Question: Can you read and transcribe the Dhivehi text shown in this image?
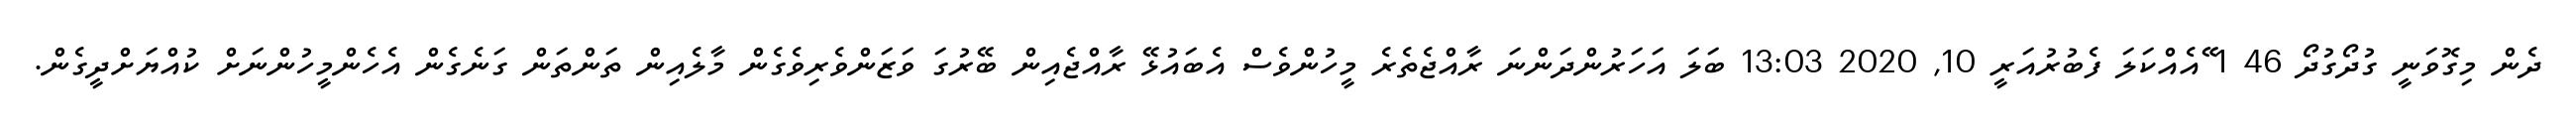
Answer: ދެން މިގޮވަނީ ގުދޯގުދޯ 46 1 ޭއެއްކަލަ ފެބުރުއަރީ 10, 2020 13:03 ބަލަ އަހަރުންދަންނަ ރާއްޖެތެރެ މީހުންވެސް އެބައުޅޭ ރާއްޖެއިން ބޭރުގަ ވަޒަންވެރިވެގެން މާލެއިން ތަންތަން ގަނެގެން އެހެންމީހުންނަށް ކުއްޔަށްދީގެން.